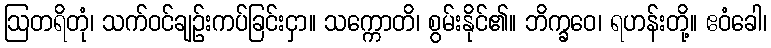
ဩတရိတုံ၊ သက်ဝင်ချဉ်းကပ်ခြင်းငှာ။ သက္ကောတိ၊ စွမ်းနိုင်၏။ ဘိက္ခဝေ၊ ရဟန်းတို့။ ဧဝံခေါ၊